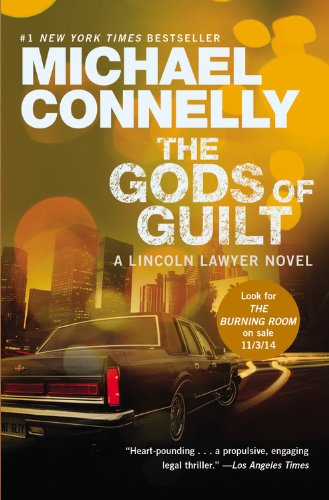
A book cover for The Gods of Guilt (A Lincoln Lawyer Novel); Michael Connelly; Mystery, Thriller & Suspense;